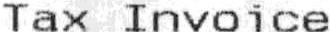
TAX INVOICE